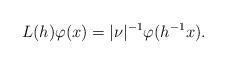
LaTeX: \begin{align*} L(h) \varphi(x) = |\nu|^{-1} \varphi(h^{-1} x).\end{align*}